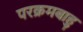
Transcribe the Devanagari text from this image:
परक्रमबाहु